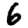
Digit: 6